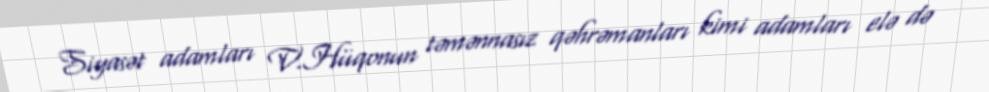
Siyasət adamları V.Hüqonun təmənnasız qəhrəmanları kimi adamları elə də